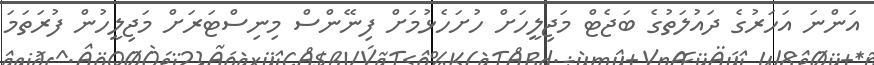
އަންނަ އަހަރުގެ ދައުލަތުގެ ބަޖެޓް މަޖިލީހަށް ހުށަހެޅުމަށް ފިނޭންސް މިނިސްޓަރަށް މަޖިލީހުން ފުރަތަމަ